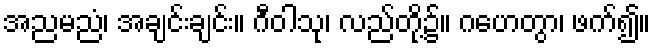
အညမညံ၊ အချင်းချင်း။ ဂီဝါသု၊ လည်တို့၌။ ဂဟေတွာ၊ ဖက်၍။